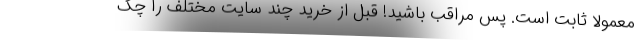
معمولاً ثابت است. پس مراقب باشید! قبل از خرید چند سایت مختلف را چک